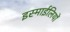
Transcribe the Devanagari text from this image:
इस्माईलियों